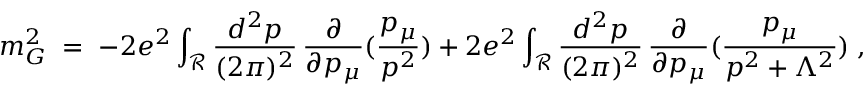
m _ { G } ^ { 2 } \; = \; - 2 e ^ { 2 } \int _ { { \mathcal R } } \frac { d ^ { 2 } p } { ( 2 \pi ) ^ { 2 } } \, \frac { \partial } { \partial p _ { \mu } } ( \frac { p _ { \mu } } { p ^ { 2 } } ) + 2 e ^ { 2 } \int _ { { \mathcal R } } \frac { d ^ { 2 } p } { ( 2 \pi ) ^ { 2 } } \, \frac { \partial } { \partial p _ { \mu } } ( \frac { p _ { \mu } } { p ^ { 2 } + \Lambda ^ { 2 } } ) \; ,